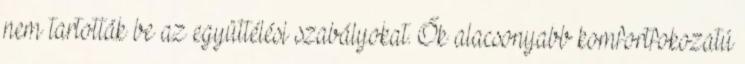
nem tartották be az együttélési szabályokat. Ők alacsonyabb komfortfokozatú